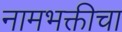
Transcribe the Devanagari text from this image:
नामभक्तीचा